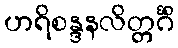
ဟရိစန္ဒနလိတ္တင်္ဂိံ